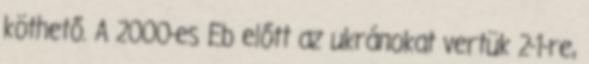
köthető. A 2000-es Eb előtt az ukránokat vertük 2-1-re,